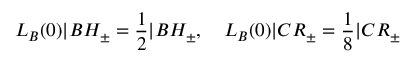
L _ { B } ( 0 ) | B H _ { \pm } = \frac { 1 } { 2 } | B H _ { \pm } , \quad L _ { B } ( 0 ) | C R _ { \pm } = \frac { 1 } { 8 } | C R _ { \pm }